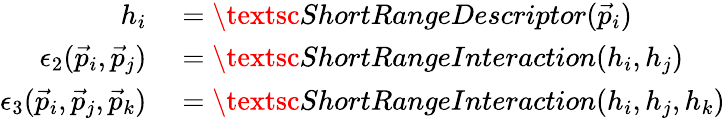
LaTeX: \begin{array}{rl}{h_{i}}&{{}=\textsc{ShortRangeDescriptor}(\vec{p}_{i})}\\ {\epsilon_{2}(\vec{p}_{i},\vec{p}_{j})}&{{}=\textsc{ShortRangeInteraction}(h_{i},h_{j})}\\ {\epsilon_{3}(\vec{p}_{i},\vec{p}_{j},\vec{p}_{k})}&{{}=\textsc{ShortRangeInteraction}(h_{i},h_{j},h_{k})}\end{array}